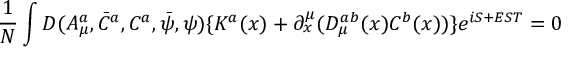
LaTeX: \frac 1 N \int D ( A _ { \mu } ^ { a } , \bar { C } ^ { a } , C ^ { a } , \bar { \psi } , \psi ) \{ K ^ { a } ( x ) + \partial _ { x } ^ { \mu } ( { \cal D } _ { \mu } ^ { a b } ( x ) C ^ { b } ( x ) ) \} e ^ { i S + E S T } = 0